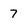
Character: 7